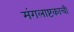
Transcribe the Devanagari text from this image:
मंगलाष्टकाची